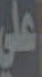
علي